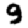
Digit: 9